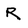
Character: R